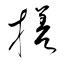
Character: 搓